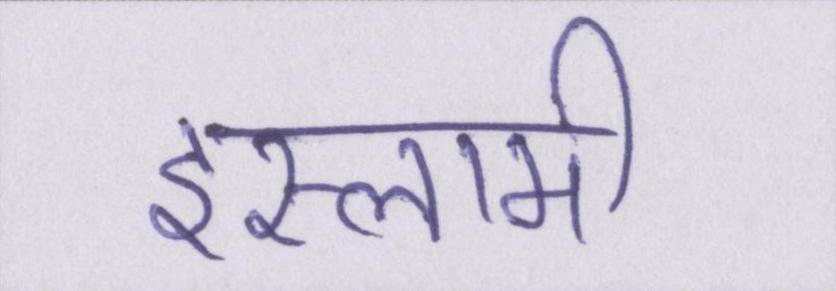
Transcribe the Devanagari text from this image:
इस्लामी